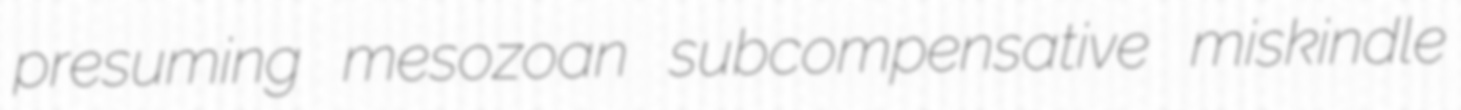
presuming mesozoan subcompensative miskindle